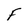
Character: F